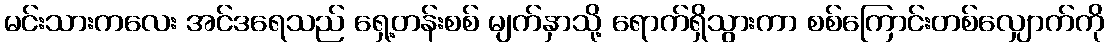
မင်းသားကလေး အင်ဒရေသည် ရှေ့တန်းစစ် မျက်နှာသို့ ရောက်ရှိသွားကာ စစ်ကြောင်းတစ်လျှောက်ကို